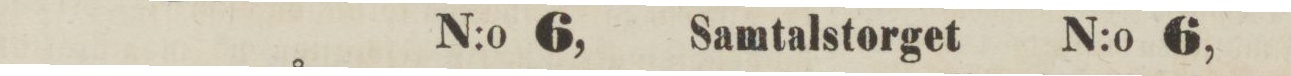
N:o 6,    Samtalstorget    N:o 6,